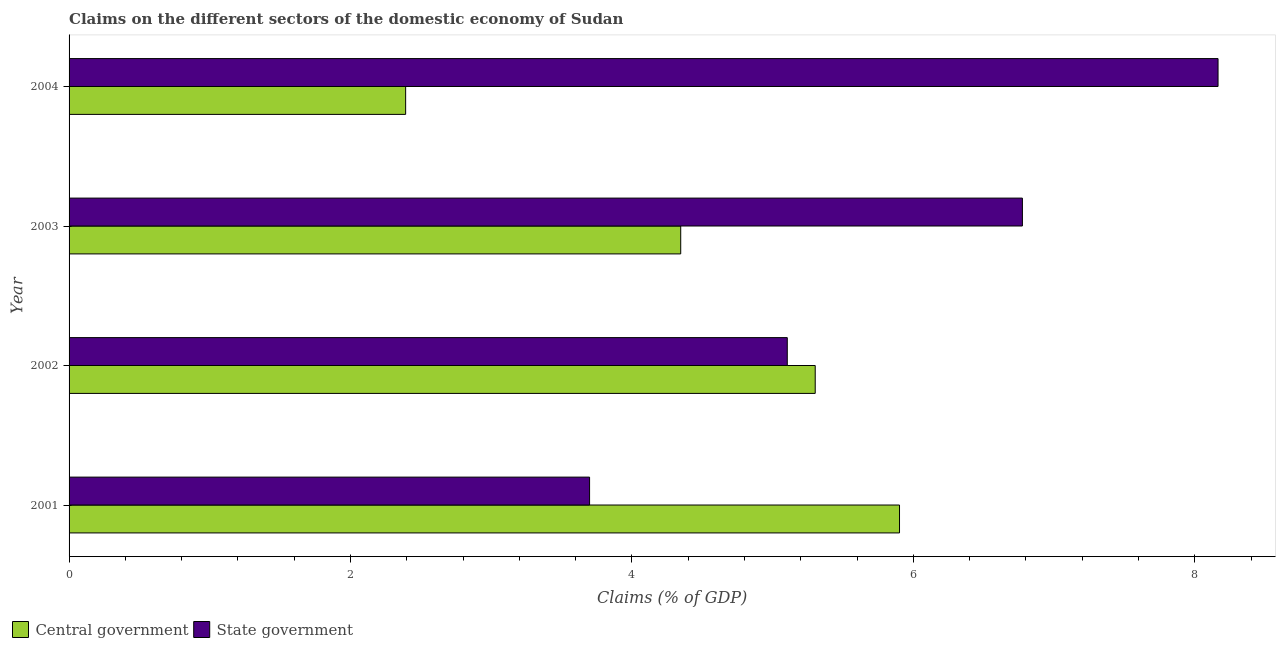
| Year | Central government | State government |
 | --- | --- | --- |
 | 2001 | 5.9 | 3.7 |
 | 2002 | 5.3 | 5.1 |
 | 2003 | 4.35 | 6.77 |
 | 2004 | 2.39 | 8.17 |